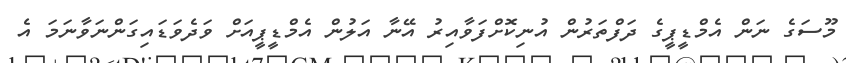
މޫސަގެ ނަން އެމްޑީޕީގެ ދަފްތަރުން އުނިކޮށްފަވާއިރު އޭނާ އަލުން އެމްޑީޕީއަށް ވަދެވަޑައިގަންނަވާނަމަ އެ